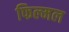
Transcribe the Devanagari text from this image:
फिल्मल